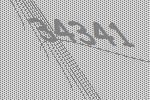
34341